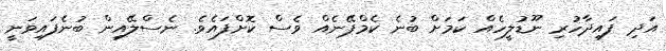
އަދި ފައިދާހުރި ނޫޑުލީހެއް ކަމަށް ބުނެ ކެމްޕޭނެއް ވެސް ކޮށްފައެވެ. ނެސްލޭއިން ބުނެފައިވަނީ